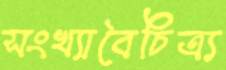
সংখ্যাবৈচিত্র্য